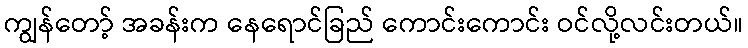
ကျွန်တော့် အခန်းက နေရောင်ခြည် ကောင်းကောင်း ဝင်လို့လင်းတယ်။